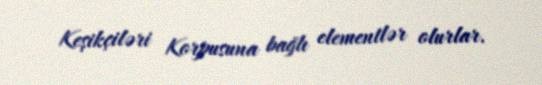
Keşikçiləri Korpusuna bağlı elementlər olurlar.